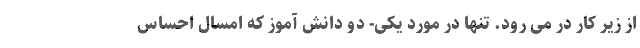
از زیر کار در می رود. تنها در مورد یکی- دو دانش آموز که امسال احساس